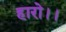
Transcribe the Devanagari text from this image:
हारो।।